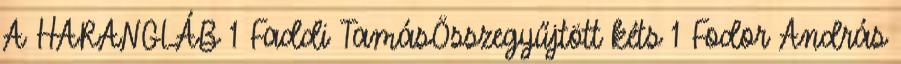
A HARANGLÁB 1 Faddi TamásÖsszegyűjtött kéts 1 Fodor András